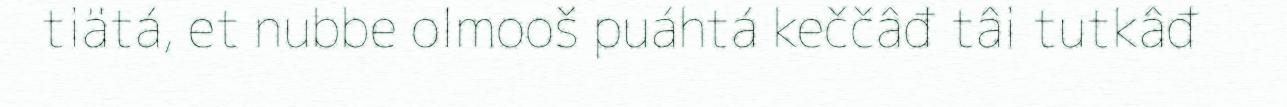
tiätá, et nubbe olmooš puáhtá keččâđ tâi tutkâđ